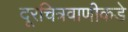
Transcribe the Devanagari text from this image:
दूरचित्रवाणीकडे